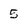
Character: 5